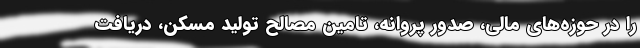
را در حوزه‌های مالی، صدور پروانه، تامین مصالح تولید مسکن، دریافت